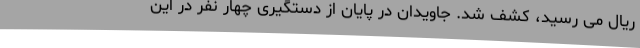
ریال می رسید، کشف شد. جاویدان در پایان از دستگیری چهار نفر در این